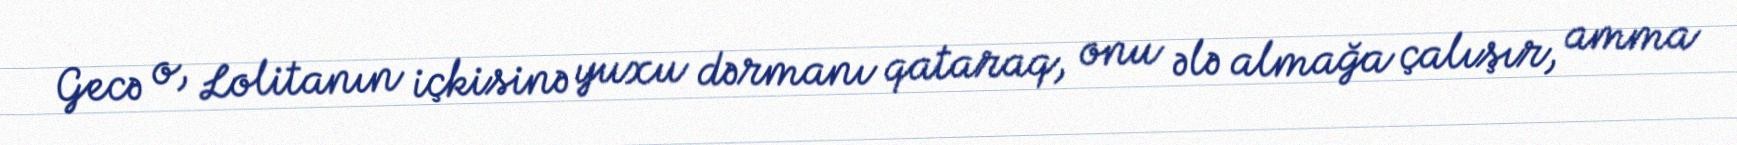
Gecə o, Lolitanın içkisinə yuxu dərmanı qataraq, onu ələ almağa çalışır, amma